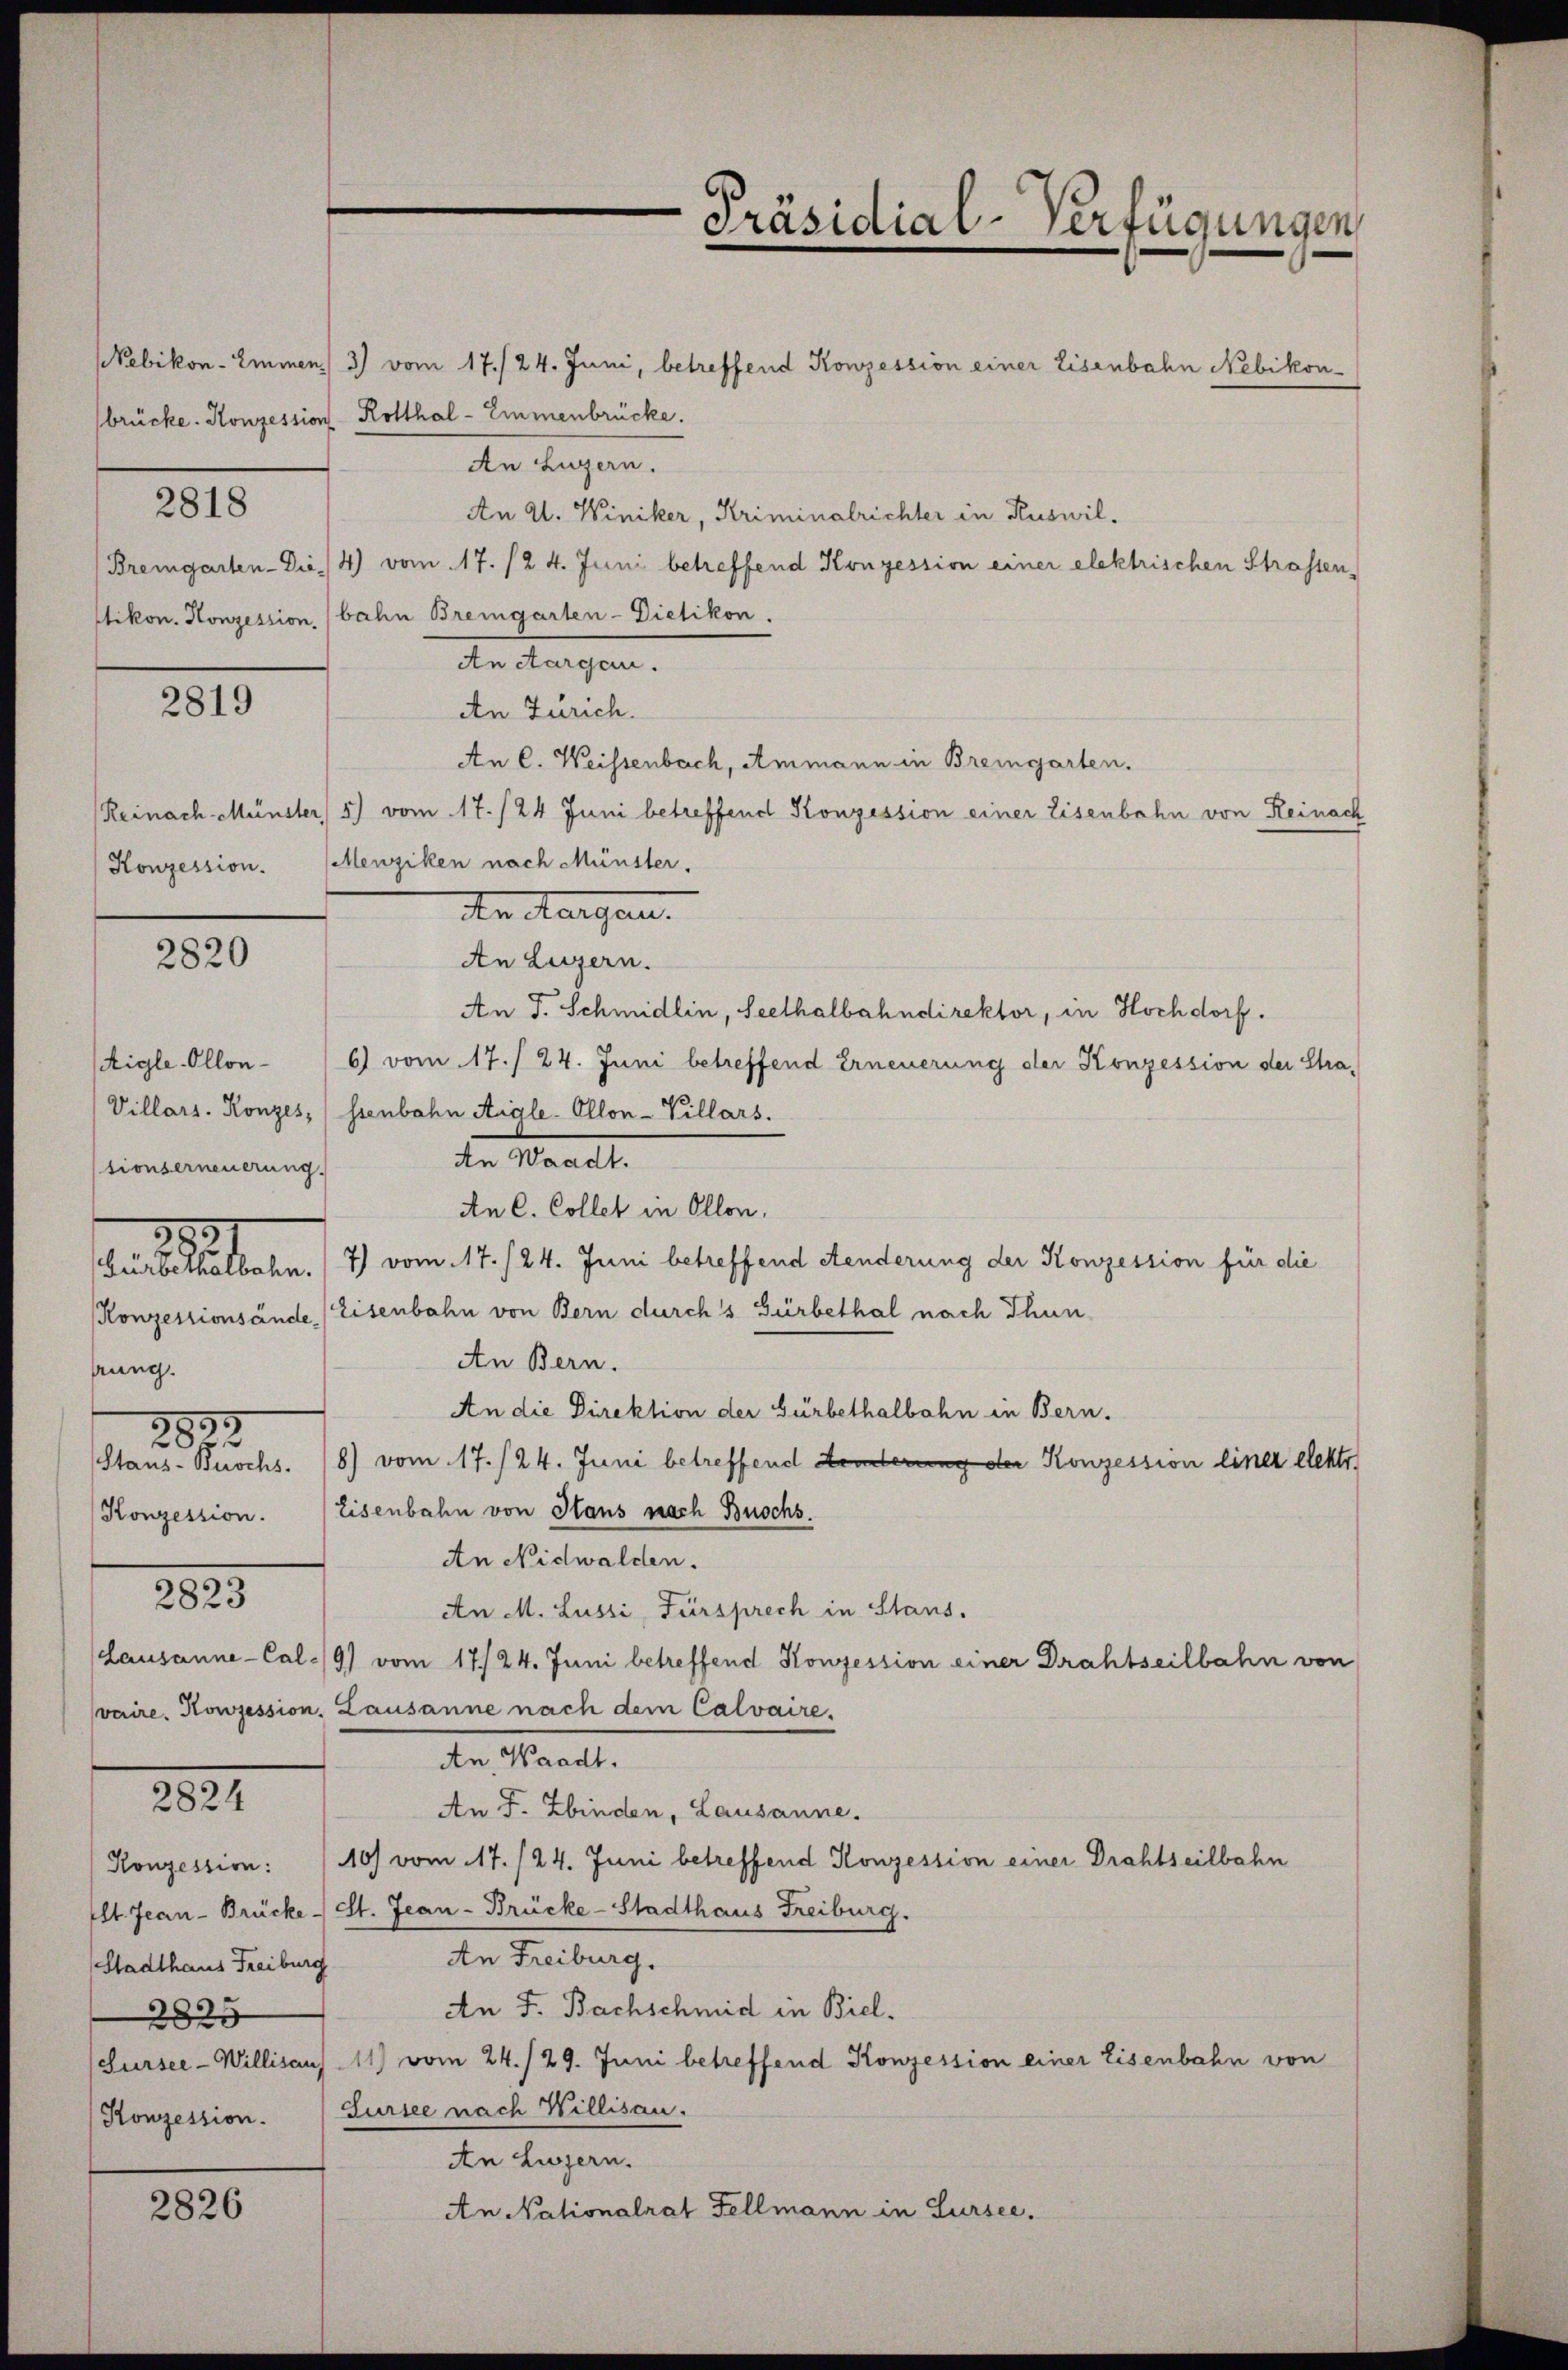
s

Nebikon-Emmen, 3) vom 17./24. Juni, betreffend Konzession einer Eisenbahn Nebikon-
brücke. Konzession Rotthal - Emmenbrücke.
An Luzern.
An Al. Winiker, Kriminalrichter in Ruswil¬
Bremgarten- Die. 4) vom 17. /2 4. Juni betreffend Konzession einer elektrischen Strassen-
ltikon. Konzession, (bahn Bremgarten-Dietikon.
den Augen.
An Zürich.
An C. Weissenbach, Ammann in Bremgarten.
Reinach Münster, 3) vom 17./24 Juni betreffend Konzession einer Eisenbahn von Reinach
Konzession. (Menziken nach Münster.
den Margau.
An Luzern.
An J. Schmidlin, Seethalbahndirektor, in Hochdorf.
tigle-Ollon¬
6) vom 17./24. Juni betreffend Erneuerung der Konzession der Stra¬
Villars. Konzes, (ssenbahn Aigle-Ollon-Villars.
de Waadt.
An C. Collet in Ollon,
20
Gürbethalbahn. 7) vom 17./24. Juni betreffend Aenderung der Konzession für die
Konzessionsände Eisenbahn von Bern durch s Gürbethal nach Thun
An Bern.
ung.
An die Direktion der Gürbethalbahn in Bern.
28
Staus-Buochs. /8) vom 17./24. Juni betreffend Kinderung der Konzession einer elektr
Konzession. Eisenbahn von Haus nach Buochs.
An Nidwalden.
2823
An M. Lussi, Fürsprech in Stans.
Lausanne - Cal-/9) vom 17./24. Juni betreffend Konzession einer Drahtseilbahn von
vaire. Konzession. Lausanne nach dem Calvaire,
An, Waadt,
2821
An F. Zbinden, Lausanne.
Konzession: 10) vom 17./24. Juni betreffend Konzession einer Drahtseilbahn
lt. Jean - Brücke - St. Jean - Brücke-Stadthaus Freiburg.
An Freiburg.
Stadthaus Freiburg
An F. Bachschmid in Biel.
2825
(Sursee-Willisaus- 11) vom 24./29. Juni betreffend Konzession einer Eisenbahn vor
Konzession. (Sursee nach Willisau.
An Luzern.
An Nationalrat Fellmann in Sursee.
2826

2818

2819

2820

tionserneuerung.

Präsidial-Verfügungen